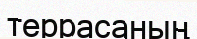
террасаның